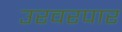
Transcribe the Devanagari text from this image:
उरवरपार